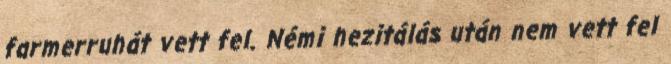
farmerruhát vett fel. Némi hezitálás után nem vett fel